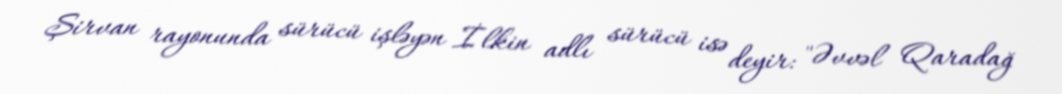
Şirvan rayonunda sürücü işləyən İlkin adlı sürücü isə deyir: "Əvvəl Qaradağ